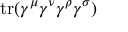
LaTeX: \operatorname { t r } ( \gamma ^ { \mu } \gamma ^ { \nu } \gamma ^ { \rho } \gamma ^ { \sigma } )